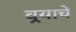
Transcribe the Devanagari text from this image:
वर्‍याचे